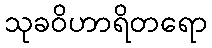
သုခဝိဟာရိတရော